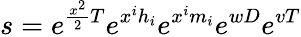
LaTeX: s=e^{{\frac{x^{2}}{2}}T}e^{x^{i}h_{i}}e^{x^{i}m_{i}}e^{wD}e^{vT}